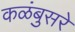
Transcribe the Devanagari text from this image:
कळंबुसरे